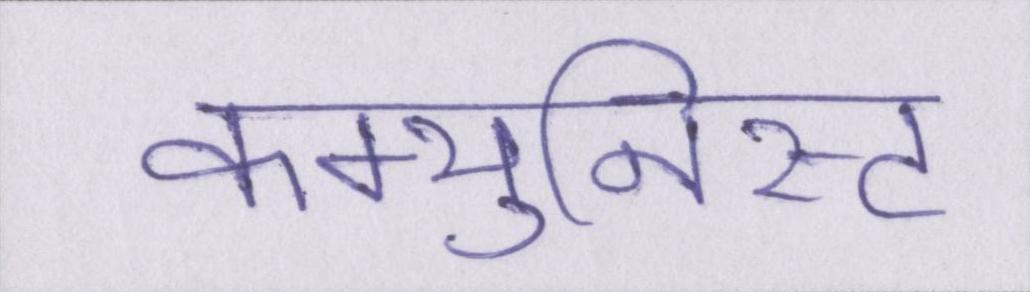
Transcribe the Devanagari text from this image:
कम्युनिस्ट